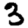
Digit: 3